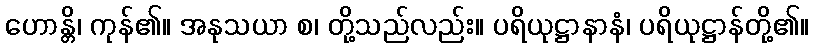
ဟောန္တိ၊ ကုန်၏။ အနုသယာ စ၊ တို့သည်လည်း။ ပရိယုဋ္ဌာနာနံ၊ ပရိယုဋ္ဌာန်တို့၏။